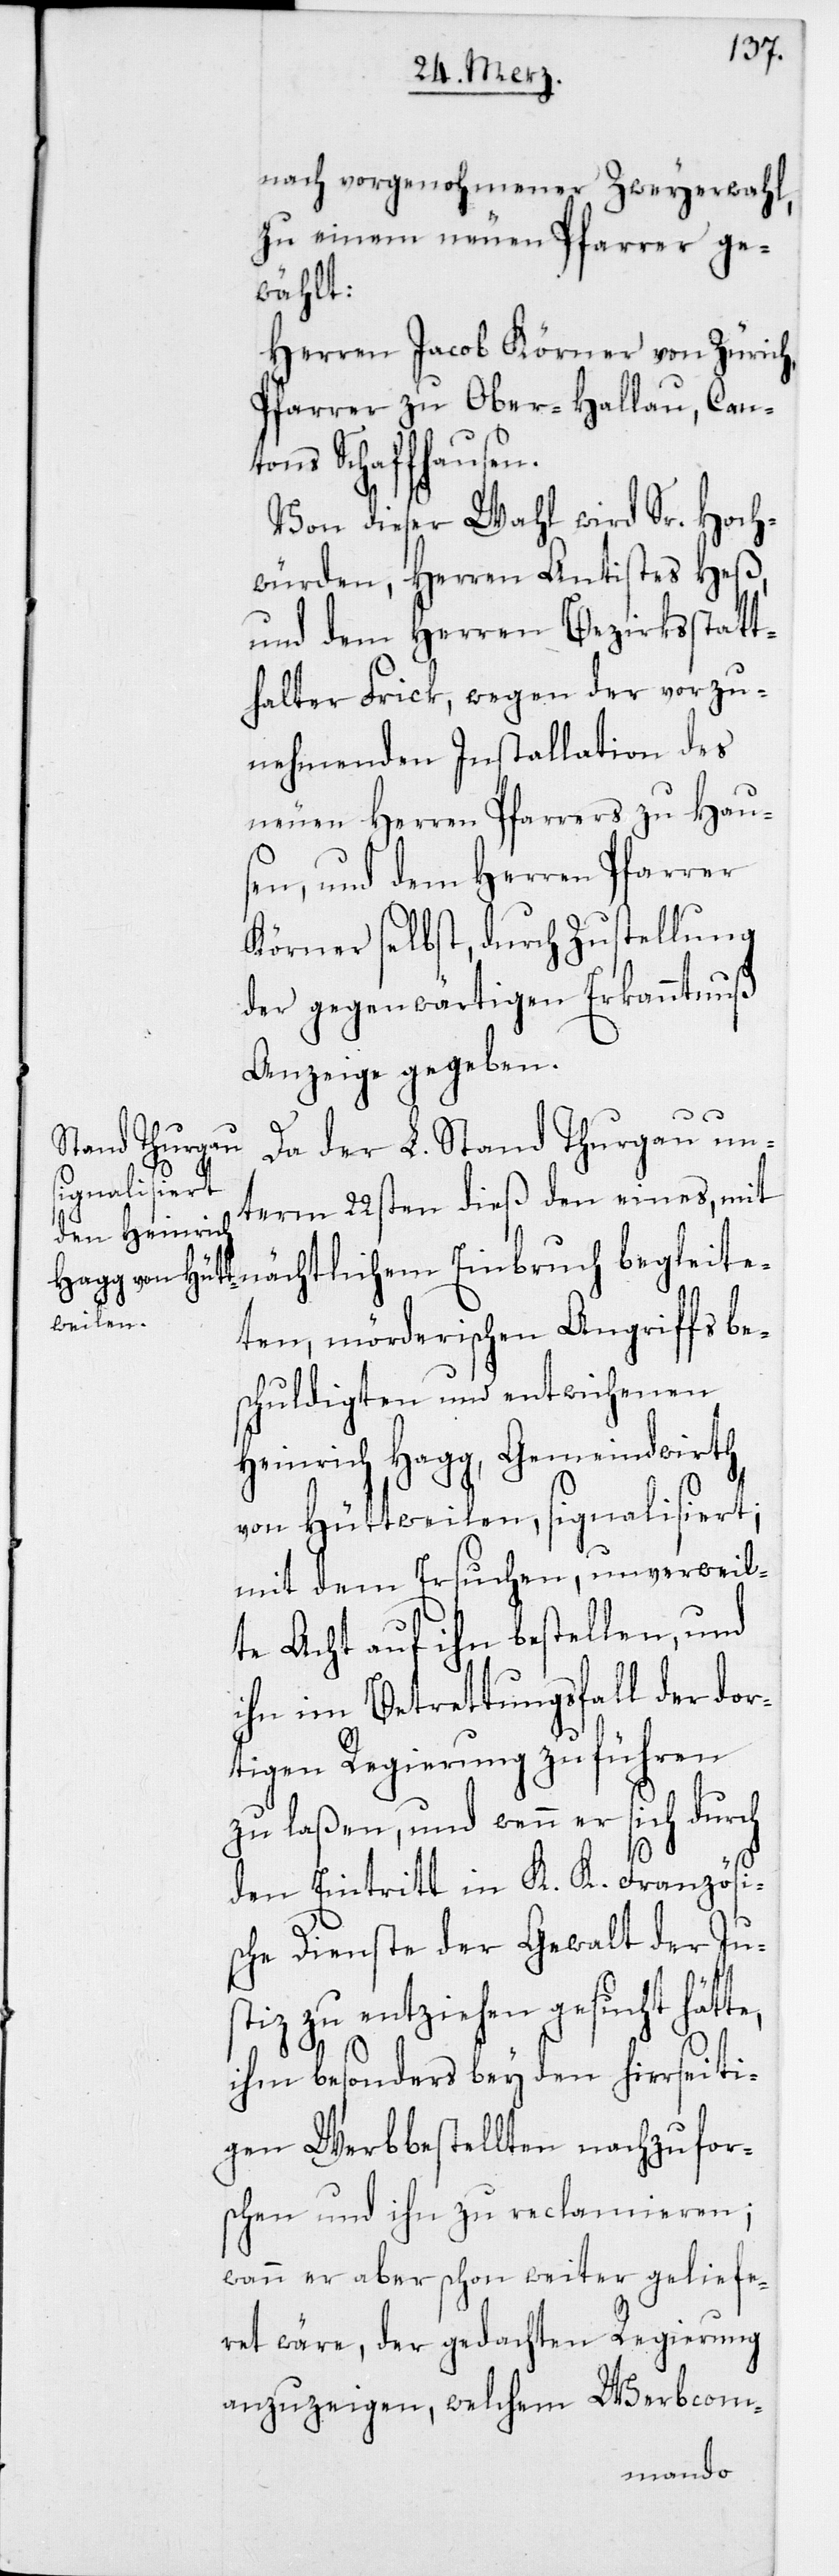
nach vorgenohmener Zweyerwahl,
zu einem neuen Pfarrer ge¬
wählt:
Herren Jacob Körner von Zürich,
Pfarrer zu Ober-Hallau, Cant¬
ons Schaffhausen.
Von dieser Wahl wird Sr. Hoch¬
würden, Herren Antistes Heß,
und dem Herren Bezirksstatt¬
halter Frick, wegen der vorzu¬
nehmenden Installation des
neuen Herren Pfarrers zu Haus¬
en, und dem Herren Pfarrer
Körner selbst, durch Zustellung
der gegenwärtigen Erkanntnuß
Anzeige gegeben.
Da der L. Stand Thurgau un¬
term 22sten dieß den eines, mit
nächtlichem Einbruch begleite¬
ten, mörderischen Angriffs be¬
schuldigten und entwichenen
Heinrich Hagg, Gemeindwirth
von Hüttweilen signalisiert;
mit dem Ersuchen, unverweil¬
te Acht auf ihn bestellen, und
ihn im Betrettungsfall der dor¬
tigen Regierung zuführen
zu laßen, und wenn er sich durch
den Eintritt in K. K. Französi¬
sche Dienste der Gewalt der Jus¬
tiz zu entziehen gesucht hätte,
ihm besonders bey den hierseiti¬
gen Werbbestellten nachzufor¬
schen und ihn zu reclamieren;
wann er aber schon weiter geliefe¬
ret wäre, der gedachten Regierung
anzuzeigen, welchem Werbcom-